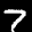
Label: 7